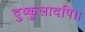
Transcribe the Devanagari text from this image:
दुष्कुलादपि।।